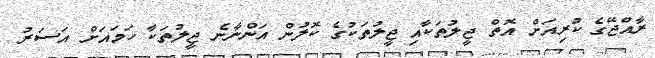
ރާއްޖޭގެ ކުރިއަށް އޮތް ޖީލުތަކާއި ޖީލުތަކުގެ ކޮލުން އަންނާނެ ޖީލުތަކާ ހަމައަށް އަސަރު